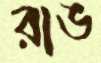
রাঙ